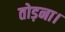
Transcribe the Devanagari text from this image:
तोड़ना।